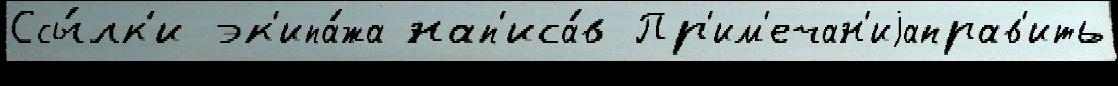
Ссы́лк'и эк'ипа́жа нап'иса́в Пр'им'ечан'иjаправ'ить